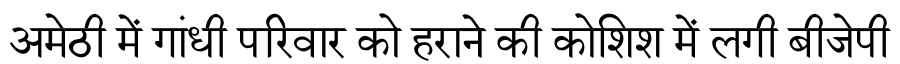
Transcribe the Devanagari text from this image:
अमेठी में गांधी परिवार को हराने की कोशिश में लगी बीजेपी